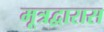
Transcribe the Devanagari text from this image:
मूत्रद्वारास